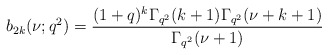
\begin{align*}b_{2k}(\nu;q^2)=\frac{(1+q)^{k}\Gamma_{q^2}(k+1)\Gamma_{q^2}(\nu+k+1)}{\Gamma_{q^2}(\nu+1)}\end{align*}